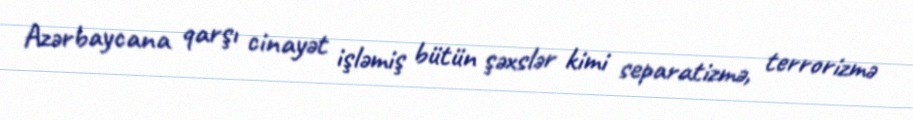
Azərbaycana qarşı cinayət işləmiş bütün şəxslər kimi separatizmə, terrorizmə